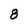
Character: 8